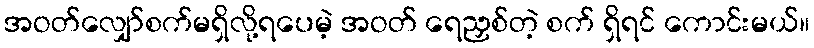
အဝတ်လျှော်စက်မရှိလို့ရပေမဲ့ အဝတ် ရေညှစ်တဲ့ စက် ရှိရင် ကောင်းမယ်။